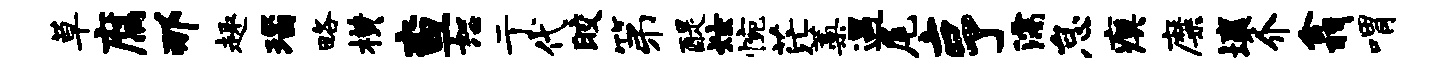
草腐那趣瑙略横查恕亍代皎第醍炫惋茫蒿遇尾亨濡怠瘼靡壤介翕喟